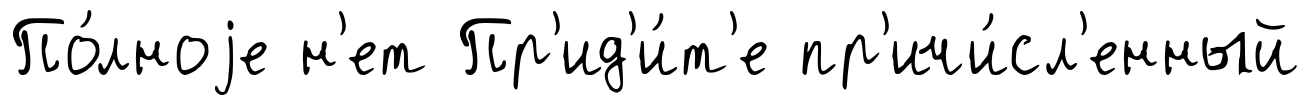
По́лноjе н'ет Пр'ид'и́т'е пр'ичи́сл'енный